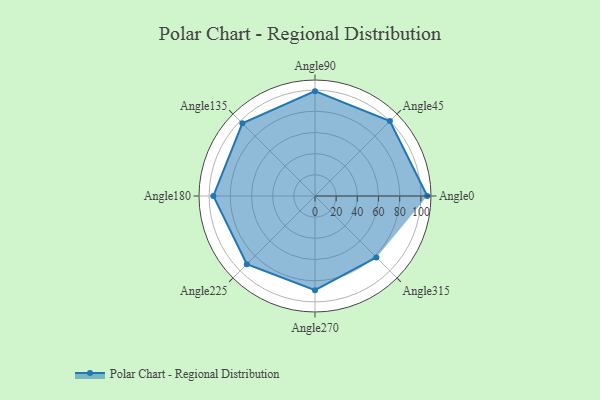
{"axis": {"x": "Angle", "y": "Radius"}, "legend": [""], "data": [{"x": "Angle0", "y": 106.0, "type": ""}, {"x": "Angle45", "y": 100.0, "type": ""}, {"x": "Angle90", "y": 99.0, "type": ""}, {"x": "Angle135", "y": 97.0, "type": ""}, {"x": "Angle180", "y": 96.0, "type": ""}, {"x": "Angle225", "y": 91.0, "type": ""}, {"x": "Angle270", "y": 89.0, "type": ""}, {"x": "Angle315", "y": 82.0, "type": ""}]}